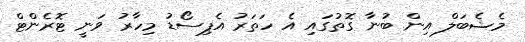
މެޝެބަލް އިން ބުނާ ގޮތުގައި އެ ހަތަރު އެޕިސޯޑު މިހާރު ވަނީ ޓޮރެންޓް